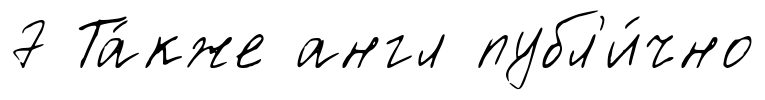
7 Та́кже англ публ'и́чно